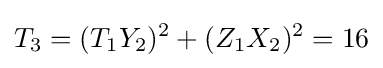
T_{3}=(T_{1}Y_{2})^{2}+(Z_{1}X_{2})^{2}=16